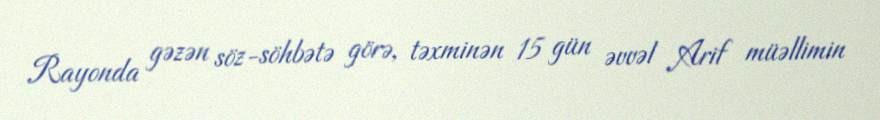
Rayonda gəzən söz-söhbətə görə, təxminən 15 gün əvvəl Arif müəllimin